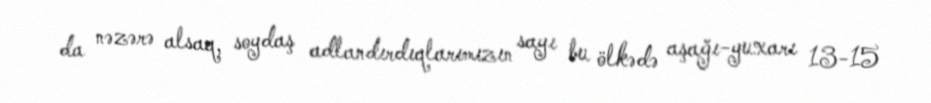
da nəzərə alsaq, soydaş adlandırdıqlarımızın sayı bu ölkədə aşağı-yuxarı 13-15